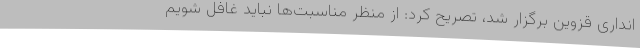
انداری قزوین برگزار شد، تصریح کرد: از منظر مناسبت‌ها نباید غافل شویم